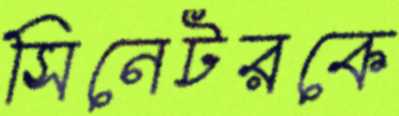
সিনেটরকে